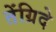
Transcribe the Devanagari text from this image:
तेंग्रिदे